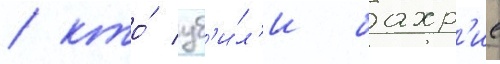
/ кто́ уб'и́л'и бахр'ие